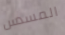
المسدس